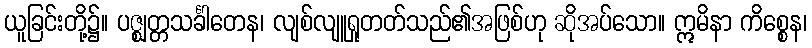
ယူခြင်းတို့၌။ ပဇ္ဈတ္တသင်္ခါတေန၊ လျစ်လျူရှုတတ်သည်၏အဖြစ်ဟု ဆိုအပ်သော။ ဣမိနာ ကိစ္စေန၊